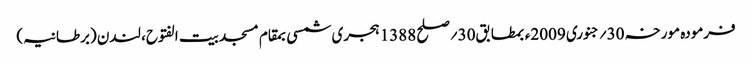
فرمودہ مورخہ 30؍جنوری 2009ء بمطابق30؍صلح 1388 ہجری شمسی بمقام مسجد بیت الفتوح، لندن (برطانیہ)